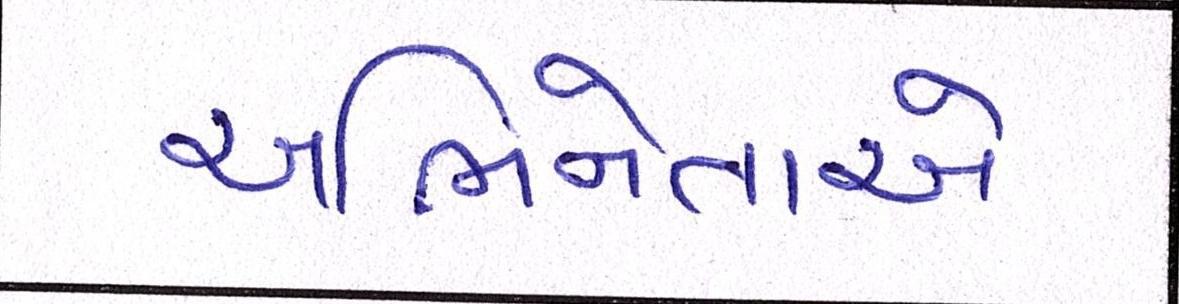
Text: અભિનેતાએ